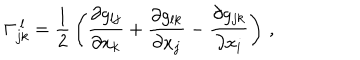
\Gamma _ { j k } ^ { \ l } = { \frac { 1 } { 2 } } \left( { \frac { \partial g _ { l j } } { \partial x _ { k } } } + { \frac { \partial g _ { l k } } { \partial x _ { j } } } - { \frac { \partial g _ { j k } } { \partial x _ { i } } } \right) \, ,